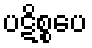
ပဋိစ္စပေ